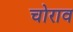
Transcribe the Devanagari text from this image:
चोराव